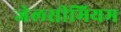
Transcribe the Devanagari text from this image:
जेलसीमियम